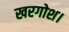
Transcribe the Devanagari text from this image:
खरगोश।